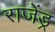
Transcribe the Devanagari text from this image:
राजेंड्र